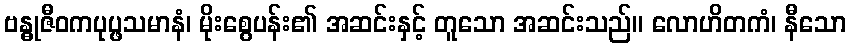
ဗန္ဓုဇီဝကပုပ္ဖသမာနံ၊ မိုးစွေပန်း၏ အဆင်းနှင့် တူသော အဆင်းသည်။ လောဟိတကံ၊ နီသော